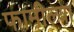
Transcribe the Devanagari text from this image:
फामील्या